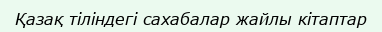
Қазақ тіліндегі сахабалар жайлы кітаптар